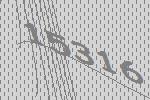
15316